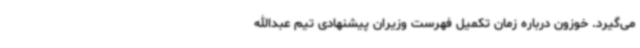
می‌گیرد. خوزون درباره زمان تکمیل فهرست وزیران پیشنهادی تیم عبدالله